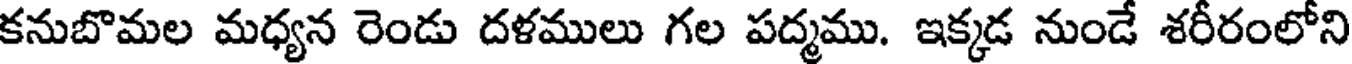
కనుబొమల మధ్యన రెండు దళములు గల పద్మము. ఇక్కడ నుండే శరీరంలోని